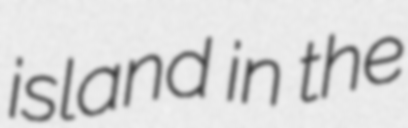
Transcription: island in the